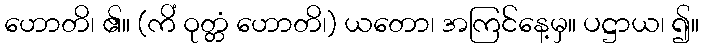
ဟောတိ၊ ၏။ (ကိံ ဝုတ္တံ ဟောတိ၊) ယတော၊ အကြင်နေ့မှ။ ပဋ္ဌာယ၊ ၍။